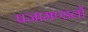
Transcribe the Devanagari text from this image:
प्रजामण्डलों